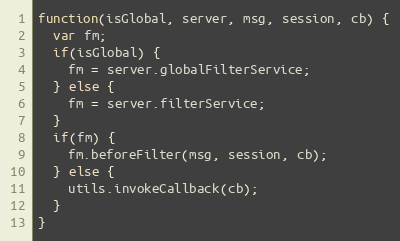
Language: JavaScript
function(isGlobal, server, msg, session, cb) {
  var fm;
  if(isGlobal) {
    fm = server.globalFilterService;
  } else {
    fm = server.filterService;
  }
  if(fm) {
    fm.beforeFilter(msg, session, cb);
  } else {
    utils.invokeCallback(cb);
  }
}